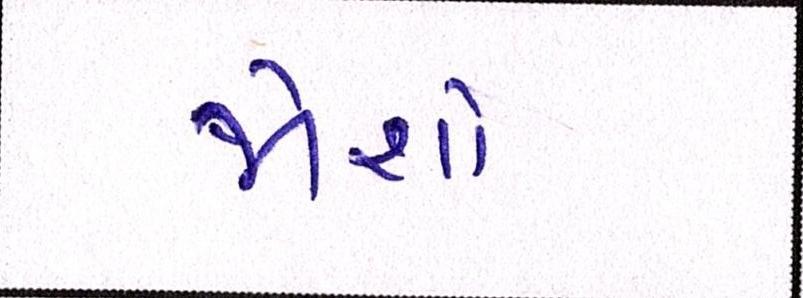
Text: જોશો